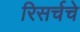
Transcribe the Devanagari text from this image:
रिसर्चचे